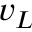
v _ { L }